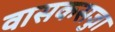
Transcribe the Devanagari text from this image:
वासकसज्जा